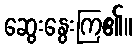
ဆွေးနွေးကြ၏။